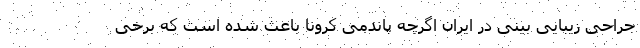
جراحی زیبایی بینی در ایران اگرچه پاندمی کرونا باعث شده است که برخی